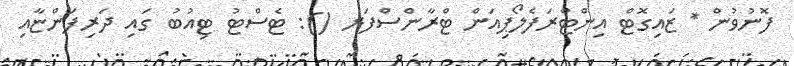
ފޮނުވުން * ޒައިގޮޓް އިންޓްރަފެލޯޕިއަން ޓްރާންސްފަރ (): ޓެސްޓު ޓިއުބު ގައި ދަރިފަންޏާއި